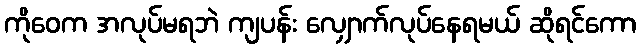
ကိုဝေက အလုပ်မရဘဲ ကျပန်း လျှောက်လုပ်နေရမယ် ဆိုရင်ကော